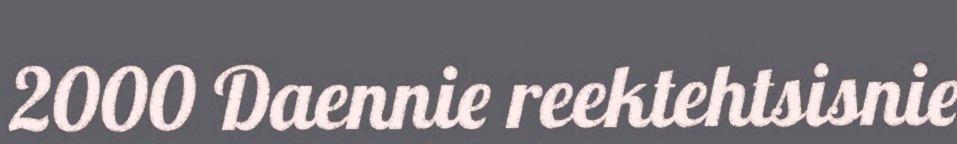
2000 Daennie reektehtsisnie